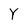
Character: Y